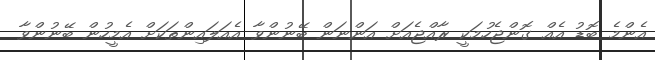
އެންމެ ބޮޑު އެއް ގޮންޖެހުމަކީ ރާއްޖެއަށް އަންނަން ބޭނުންވާ އެއަލައިންތަކަށް އެމީހުން ބޭނުންވާ